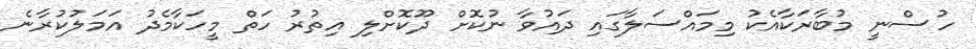
ހުސްނީ މުބާރަކާއެކު މިމައްސަލާގައި ދައުވާ ނުކޮށް ދޫކޮށްލި އިތުރު ހަތް މީހަކާމެދު އަމަލުކުރާނެ